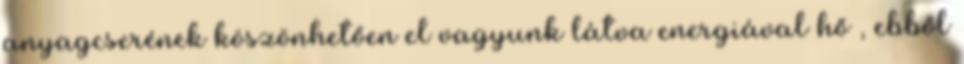
anyagcserének köszönhetően el vagyunk látva energiával hő , ebből